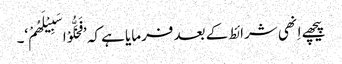
پیچھے اِنھی شرائط کے بعد فرمایا ہے کہ ’فَخَلُّوْا سَبِیْلَھُمْ‘۔